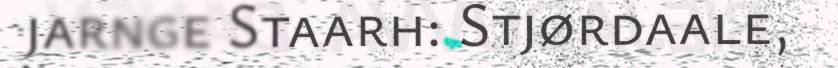
jarnge Staarh: Stjørdaale,